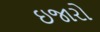
ઇજારો